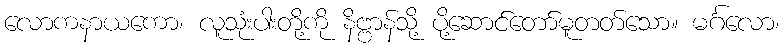
လောကနာယကော၊ လူသုံးပါးတို့ကို နိဗ္ဗာန်သို့ ပို့ဆောင်တော်မူတတ်သော။ မင်္ဂလော၊